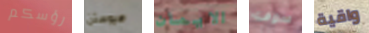
رؤسكم هيوستن الايمان سوف واقية